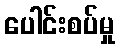
ပေါင်းစပ်မှု